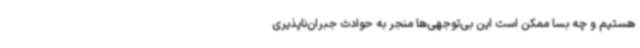
هستیم و چه بسا ممکن است این بی‌توجهی‌ها منجر به حوادث جبران‌ناپذیری